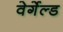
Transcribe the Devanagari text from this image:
वेर्गेल्ड